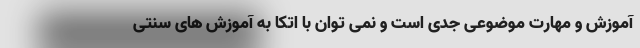
آموزش و مهارت موضوعی جدی است و نمی توان با اتکا به آموزش های سنتی